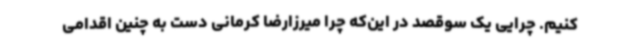
کنیم. چرایی یک سوقصد در این‌که چرا میرزارضا کرمانی دست به چنین اقدامی